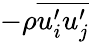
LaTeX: -\rho\overline{{u_{i}^{\prime}u_{j}^{\prime}}}